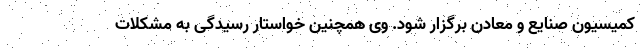
کمیسیون صنایع و معادن برگزار شود. وی همچنین خواستار رسیدگی به مشکلات